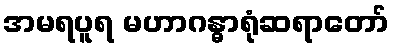
အမရပူရ မဟာဂန္ဓာရုံဆရာတော်